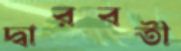
দ্বারবতী